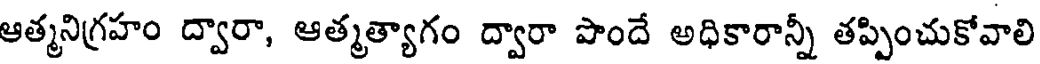
ఆత్మనిగ్రహం ద్వారా, ఆత్మత్యాగం ద్వారా పొందే అధికారాన్నీ తప్పించుకోవాలి